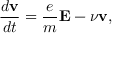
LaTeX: { \frac { d { \mathbf { v } } } { d t } } = { \frac { e } { m } } \mathbf { E } - \nu \mathbf { v } ,